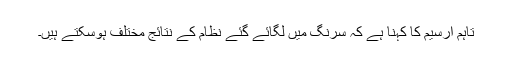
تاہم ارسیم کا کہنا ہے کہ سرنگ میں لگائے گئے نظام کے نتائج مختلف ہوسکتے ہیں۔